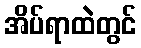
အိပ်ရာထဲတွင်